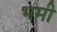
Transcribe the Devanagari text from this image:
भमी